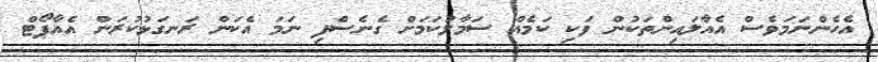
އެހެންނަމަވެސް އެއާލައިންތަކުން ވަކި ކަމެއް ސަމާލުކަމަށް ގެނެސްފި ނަމަ އެކަން ރަނގަޅުކުރަން އެއާޕޯޓް